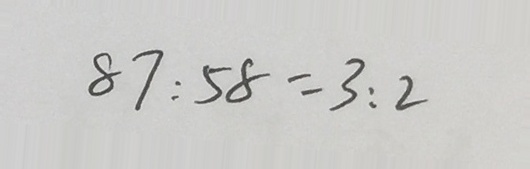
8 7 : 5 8 = 3 : 2